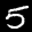
Label: 5